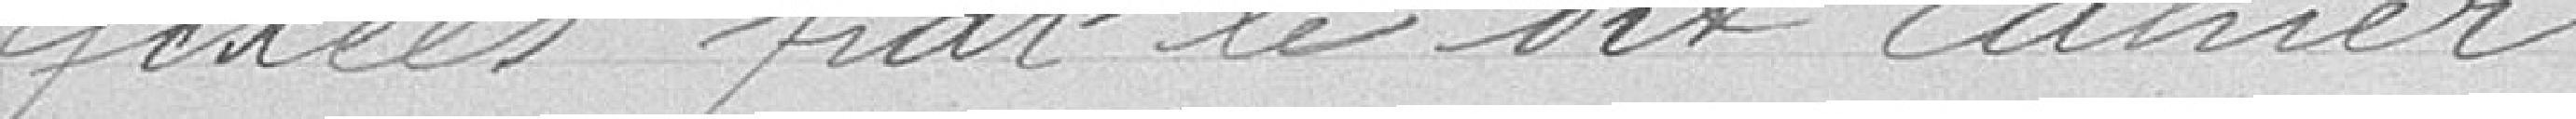
fixées par le dit cahier.